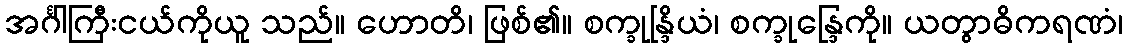
အင်္ဂါကြီးငယ်ကိုယူ သည်။ ဟောတိ၊ ဖြစ်၏။ စက္ခုန္ဒြိယံ၊ စက္ခုန္ဒြေကို။ ယတွာဓိကရဏံ၊